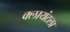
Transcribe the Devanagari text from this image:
क्लायंटला